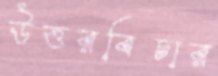
উত্তরবিচার